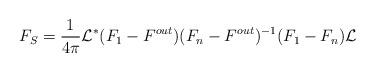
LaTeX: \begin{align*}F_S=\frac{1}{4\pi}\mathcal L^* ( F_1-F^{out}) (F_n - F^{out})^{-1}(F_1 -F_n)\mathcal L\end{align*}